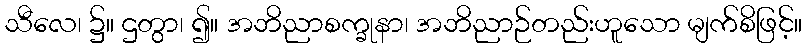
သီလေ၊ ၌။ ဌတွာ၊ ၍။ အဘိညာစက္ခုနာ၊ အဘိညာဉ်တည်းဟူသော မျက်စိဖြင့်။